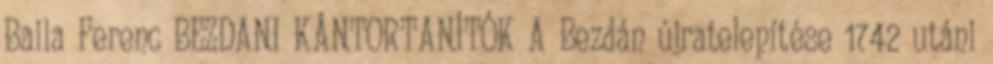
Baila Ferenc BEZDANI KÁNTORTANÍTÓK A Bezdán újratelepítése 1742 utáni